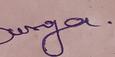
Signature authenticity: genuine